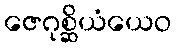
ဇေဂုစ္ဆိယံယေဝ